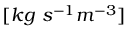
[ k g \ s ^ { - 1 } m ^ { - 3 } ]